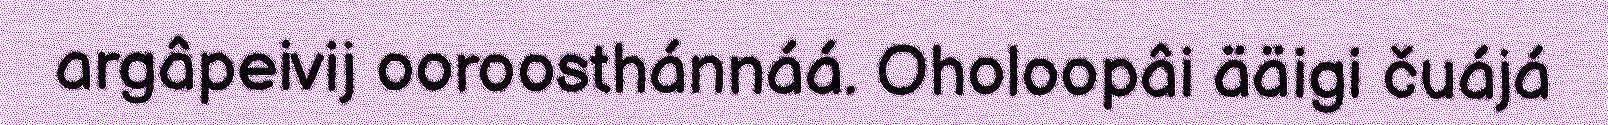
argâpeivij ooroosthánnáá. Oholoopâi ääigi čuájá